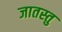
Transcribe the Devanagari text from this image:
जातस्तु